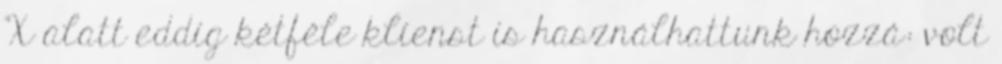
X alatt eddig kétféle klienst is használhattunk hozzá: volt